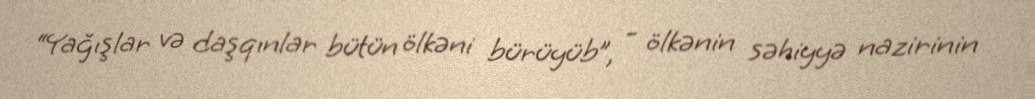
“Yağışlar və daşqınlar bütün ölkəni bürüyüb”, - ölkənin səhiyyə nazirinin